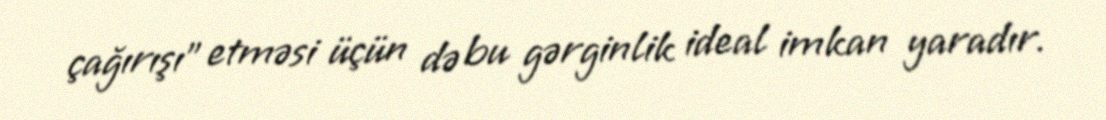
çağırışı” etməsi üçün də bu gərginlik ideal imkan yaradır.